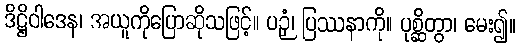
ဒိဋ္ဌိဝါဒေန၊ အယူကိုပြောဆိုသဖြင့်။ ပဉှံ၊ ပြဿနာကို။ ပုစ္ဆိတွာ၊ မေး၍။